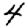
Digit: 4